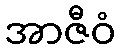
အာဇီဝံ